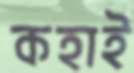
কহাই